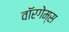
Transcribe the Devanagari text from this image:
वॉरगेम्स